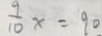
\frac { 9 } { 1 0 } x = 9 0